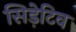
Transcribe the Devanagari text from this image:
सिड़ेटिव